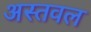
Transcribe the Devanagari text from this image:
अस्तवल